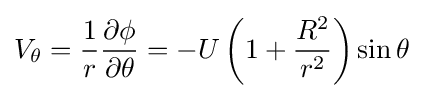
V_{\theta }={\frac {1}{r}}{\frac {\partial \phi }{\partial \theta }}=-U\left(1+{\frac {R^{2}}{r^{2}}}\right)\sin \theta